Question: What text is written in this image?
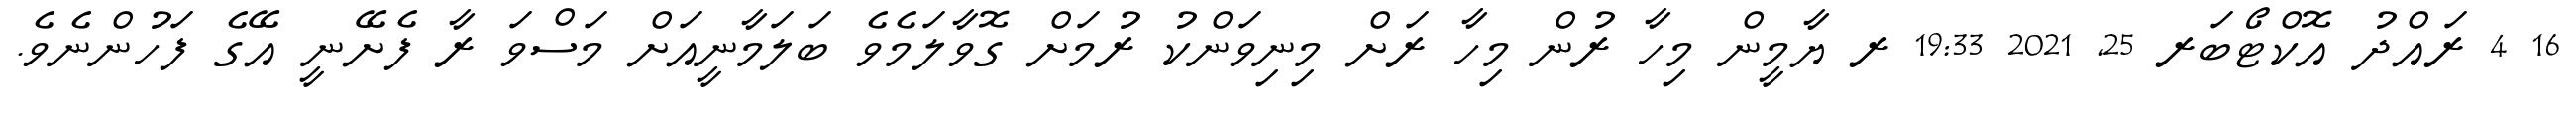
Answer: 16 4 ރައްދު އޮކްޓޯބަރ 25, 2021 19:33 ރ ޔާމީން މިހާ ރުން މިހާ ރަށް މިނިވަންކު ރުމަށް ގޮވާލަމެވެ ބަލަމާނީއަށް މަސްވަ ރާ ފެށޭނީ އޭގެ ފަހުންނެވެ.